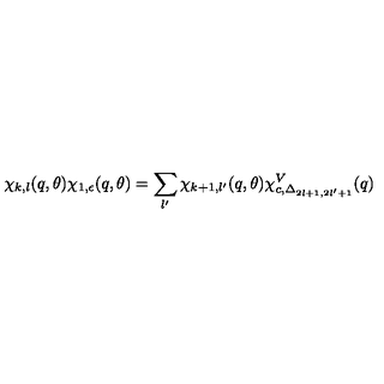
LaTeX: \chi _ { k , l } ( q , \theta ) \chi _ { 1 , \epsilon } ( q , \theta ) = \sum _ { l ^ { \prime } } \chi _ { k + 1 , l ^ { \prime } } ( q , \theta ) \chi _ { c , \Delta _ { 2 l + 1 , 2 l ^ { \prime } + 1 } } ^ { V } ( q )